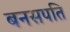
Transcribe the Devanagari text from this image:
बनसपति